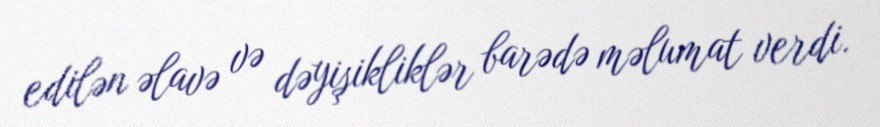
edilən əlavə və dəyişikliklər barədə məlumat verdi.